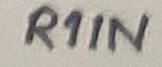
Text: R1IN